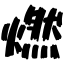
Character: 燃